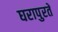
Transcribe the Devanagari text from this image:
घरापुरते